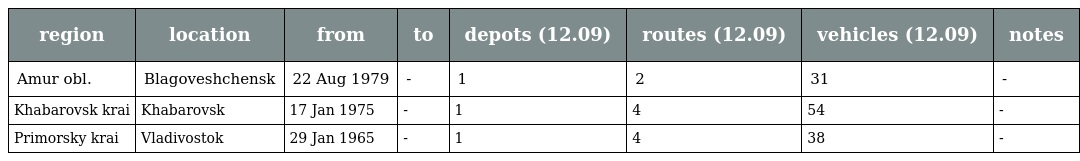
| region | location | from | to | depots (12.09) | routes (12.09) | vehicles (12.09) | notes |
 | --- | --- | --- | --- | --- | --- | --- | --- |
 | Amur obl. | Blagoveshchensk | 22 Aug 1979 | - | 1 | 2 | 31 | - |
 | Khabarovsk krai | Khabarovsk | 17 Jan 1975 | - | 1 | 4 | 54 | - |
 | Primorsky krai | Vladivostok | 29 Jan 1965 | - | 1 | 4 | 38 | - |